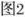
图2